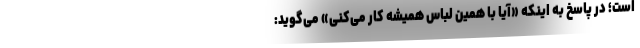
است؛ در پاسخ به اینکه «آیا با همین لباس همیشه کار می‌کنی» می‌گوید: